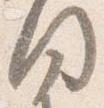
闍